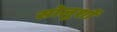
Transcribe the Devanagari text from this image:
सोलुशों